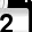
Digit: 2